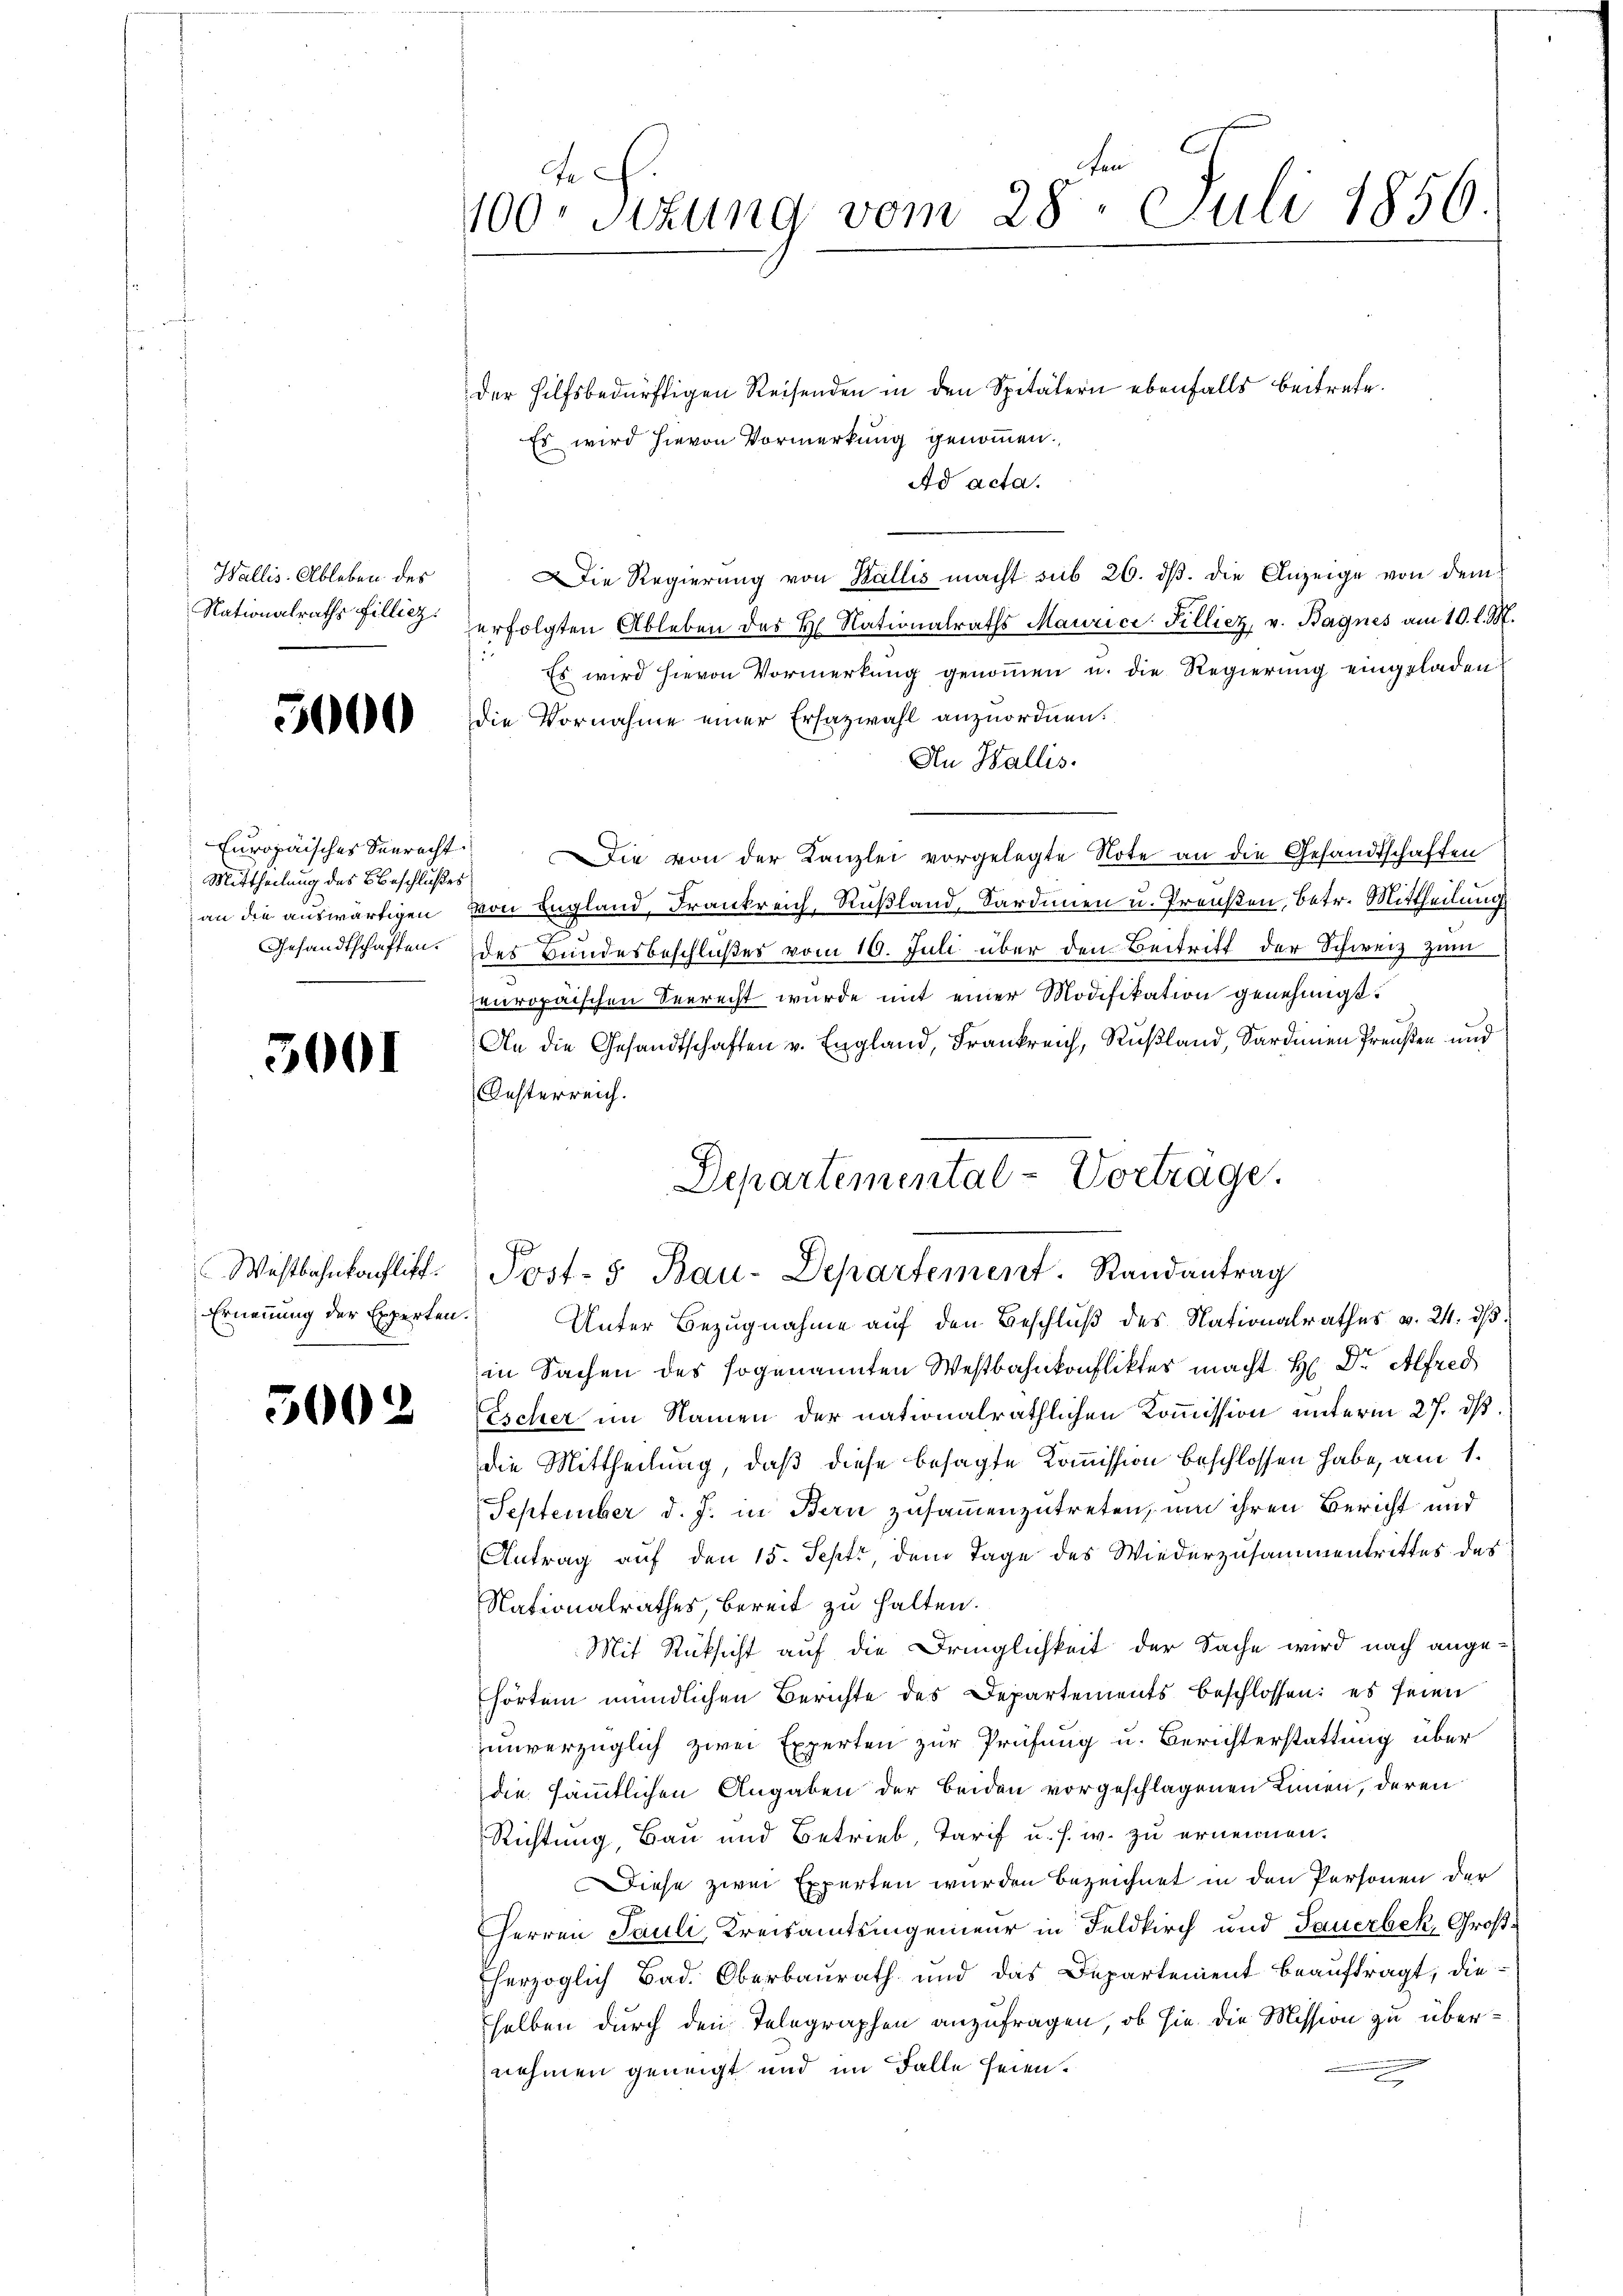
Wallis Ableben des
Nationalraths Fillicz.

5000

Europäisches Seeracht
Mittheilung des Beschlußes
an die auswärtigen
Gesandtschaften.

3001

Westbahnkonflich.
Ernennung der Experten

5002

e
100 sizung vom 28. Juli 1856

der Hilfsbedürftigen Reisenden in den Spitälern ebenfalls beitrete.
Es wird hievon Vormerkung genommen.
Ad acta.
Die Regierung von Wallis macht sub 26. dβ. die Anzeige von dem
erfolgten Ableben des H. Nationalraths Maurice Pilliez, v. Bagnes am 10. l. M.
Es wird hievon Vormerkung genommen u. die Regierung eingeladen
die Vornahme einer Ersazwahl anzuordnen.
An Wallis.
f
Die von der Kanzlei vorgelegte Note an die Gesandtschaften
von England, Frankreich, Rußland, Sardinen u. Treußen, Betr. Mittheilung
des Bundesbeschlußes vom 10. Juli über den Beitritt der Schweiz zum
5
europäischen Seerecht wurde mit einer Modifikation genehmigt.
An die Gesandtschaften v. England, Frankreich, Rußland, Sardinen Preußen und
Oesterreich.
in Sachen des sogenannten Westbahnkonfliktes macht. H. Dr. Alfred
Escher im Namen der nationalräthlichen Kommission unterm 27. ds.
die Mittheilung, daß diese besagte Kommission beschlossen habe, am 1.
September d. J. in Bern zusammenzutreten, um ihren Bericht und
Antrag auf den 15. Sept, dem Tage des Wiederzusammentrittes des
Nationalrathes bereit zu halten.
Mit Rücksicht auf die Dringlichkeit der Sache wird nach angehörtem mündlichen Berichte des Departements beschlossen: es seien
unverzüglich zwei Experten zur Prüfung u. Berichterstattung über
die sämmtlichen Angaben der beiden vorgeschlagenen Innen, deren
Richtung, Bau und Betrieb Tarif u. s. w. zu ernennen.
Diese zwei Experten wurden bezeichnet in den Personen der
Herren Pauli, Kreisamtsingenieur in Feldkirch und Sauerbek, Großherzoglich Bad. Oberbaurath und das Departement beauftragt, dieselben durch den Telegraphen anzufragen, ob sie die Mission zu übernehmen geneigt und im Falle seien.
e

Departemental-Vortrage.
Post- 5. Bau-Departement. Randantrag
Unter Bezugnahme auf den Beschluß des Nationalrathes v. 24. dβ